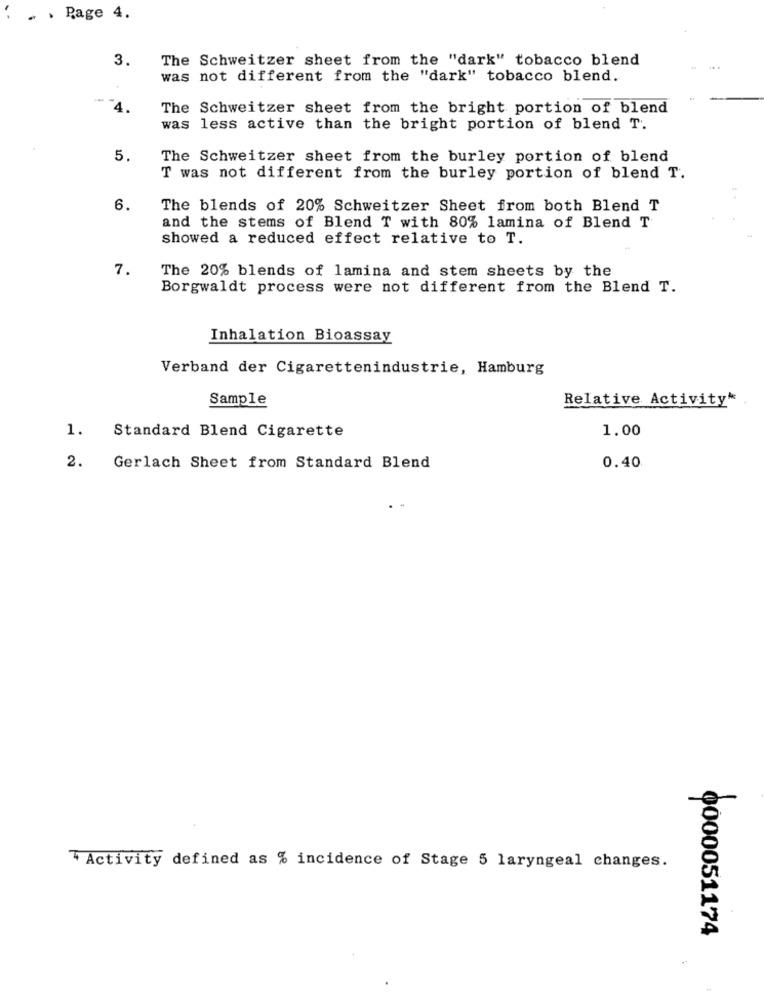
. . Page 4.
3.
The Schweitzer sheet from the "dark" tobacco blend
was not different from the "dark" tobacco blend.
-4.
The Schweitzer sheet from the bright portion of blend
was less active than the bright portion of blend T.
The Schweitzer sheet from the burley portion of blend
T was not different from the burley portion of blend T.
6.
The blends of 20% Schweitzer Sheet from both Blend T
and the stems of Blend T with 80% lamina of Blend T
showed a reduced effect relative to T.
7.
The 20% blends of lamina and stem sheets by the
Borgwaldt process were not different from the Blend T.
Inhalation Bioassay
Verband der Cigarettenindustrie, Hamburg
Sample
Relative Activity"
1.
Standard Blend Cigarette
1.00
2.
Gerlach Sheet from Standard Blend
0.40
4 Activity defined as % incidence of Stage 5 laryngeal changes.
0000051174